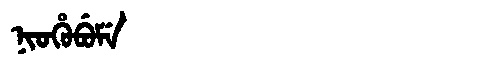
Manchu: ᠨᡳᠣᡥᡠᠪᡠᠮᡝ
Romanization: NIOHUBUME